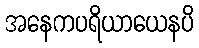
အနေကပရိယာယေနပိ